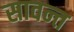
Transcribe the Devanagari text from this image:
सावन्‍त